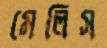
মেলিস